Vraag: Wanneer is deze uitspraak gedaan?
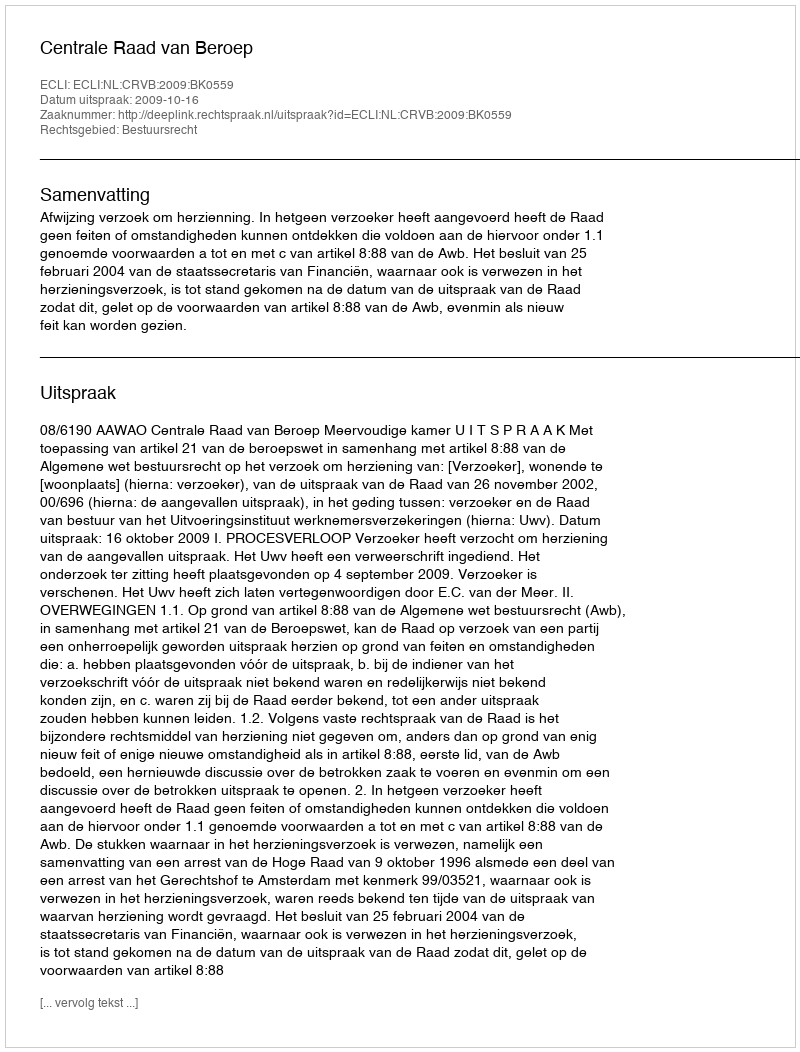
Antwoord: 2009-10-16